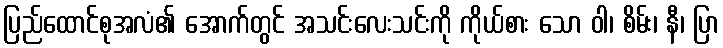
ပြည်ထောင်စုအလံ၏ အောက်တွင် အသင်းလေးသင်းကို ကိုယ်စား သော ဝါ၊ စိမ်း၊ နီ၊ ပြာ